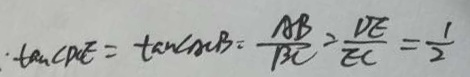
. \tan \angle P C E = \tan \angle A C B = \frac { A B } { B C } = \frac { D E } { E C } = \frac { 1 } { 2 }